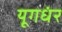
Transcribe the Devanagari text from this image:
यूगधंर